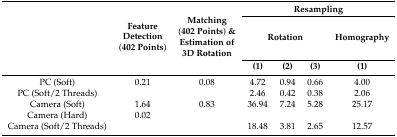
<table><thead><tr><td rowspan="3"></td><td rowspan="3"><b>Feature Detection (402 Points)</b></td><td rowspan="3"><b>Matching (402 Points) &amp; Estimation of 3D Rotation</b></td><td colspan="4"><b>Resampling</b></td></tr><tr><td colspan="3"><b>Rotation</b></td><td><b>Homography</b></td></tr><tr><td><b>(1)</b></td><td><b>(2)</b></td><td><b>(3)</b></td><td><b>(1)</b></td></tr></thead><tbody><tr><td>PC (Soft)</td><td>0.21</td><td>0.08</td><td>4.72</td><td>0.94</td><td>0.66</td><td>4.00</td></tr><tr><td>PC (Soft/2 Threads)</td><td></td><td></td><td>2.46</td><td>0.42</td><td>0.38</td><td>2.06</td></tr><tr><td>Camera (Soft)</td><td>1.64</td><td>0.83</td><td>36.94</td><td>7.24</td><td>5.28</td><td>25.17</td></tr><tr><td>Camera (Hard)</td><td>0.02</td><td></td><td></td><td></td><td></td><td></td></tr><tr><td>Camera (Soft/2 Threads)</td><td></td><td></td><td>18.48</td><td>3.81</td><td>2.65</td><td>12.57</td></tr></tbody></table>